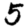
Digit: 5